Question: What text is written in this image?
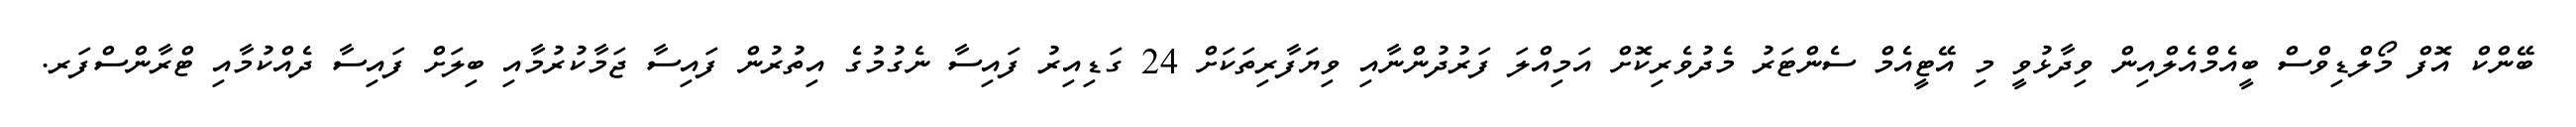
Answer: ބޭންކް އޮފް މޯލްޑިވްސް ބީއެމްއެލްއިން ވިދާޅުވީ މި އޭޓީއެމް ސެންޓަރު މެދުވެރިކޮށް އަމިއްލަ ފަރުދުންނާއި ވިޔަފާރިތަކަށް 24 ގަޑިއިރު ފައިސާ ނެގުމުގެ އިތުރުން ފައިސާ ޖަމާކުރުމާއި ބިލަށް ފައިސާ ދެއްކުމާއި ޓްރާންސްފަރ.